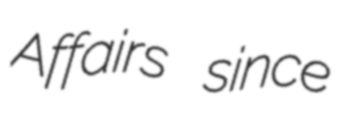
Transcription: Affairs since